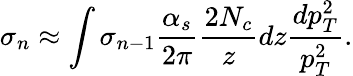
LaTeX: \sigma_{n}\approx\int\sigma_{n-1}\frac{\alpha_{s}}{2\pi}\frac{2N_{c}}{z}dz\frac{dp_{T}^{2}}{p_{T}^{2}}.